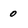
Character: 0